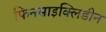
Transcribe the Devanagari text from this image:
फिनसाइक्लिडीन